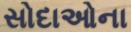
સોદાઓના